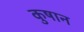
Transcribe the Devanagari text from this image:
कुषान